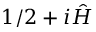
1 / 2 + i { \hat { H } }